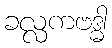
ခလ္လကဗဒ္ဓါ